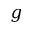
g